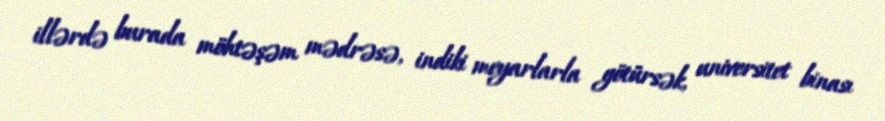
illərdə burada möhtəşəm mədrəsə, indiki meyarlarla götürsək, universitet binası